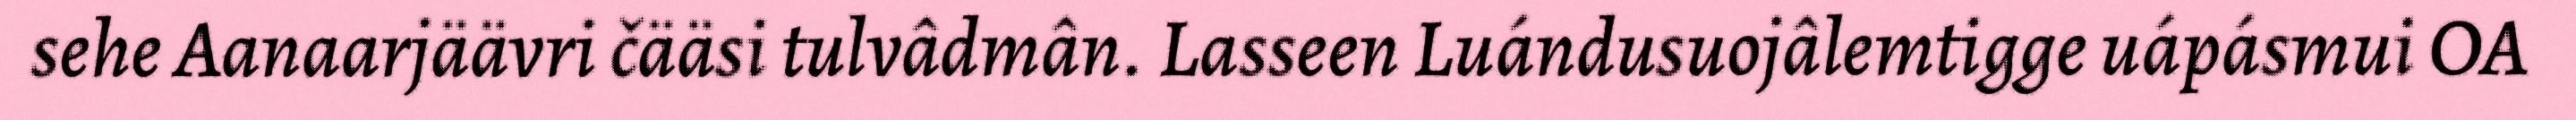
sehe Aanaarjäävri čääsi tulvâdmân. Lasseen Luándusuojâlemtigge uápásmui OA